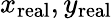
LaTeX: x_{\mathrm{real}},y_{\mathrm{real}}